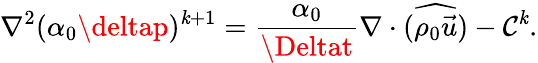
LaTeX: \nabla^{2}(\alpha_{0}\deltap)^{\mathit{k}+1}=\frac{{\alpha_{0}}}{{\Deltat}}\nabla\cdot(\widehat{{\rho_{0}\vec{{u}}}})-\mathcal{{C}}^{\mathit{k}}.